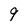
Character: 9